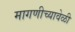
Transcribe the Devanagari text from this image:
मागणीच्यावेळी